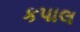
કપાલ